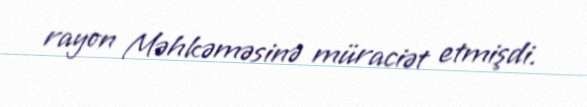
rayon Məhkəməsinə müraciət etmişdi.